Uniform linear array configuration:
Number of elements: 12
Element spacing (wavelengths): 1
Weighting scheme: kaiser
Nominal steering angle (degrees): -15
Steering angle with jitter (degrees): -13.496
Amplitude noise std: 0.05
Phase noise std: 0.05

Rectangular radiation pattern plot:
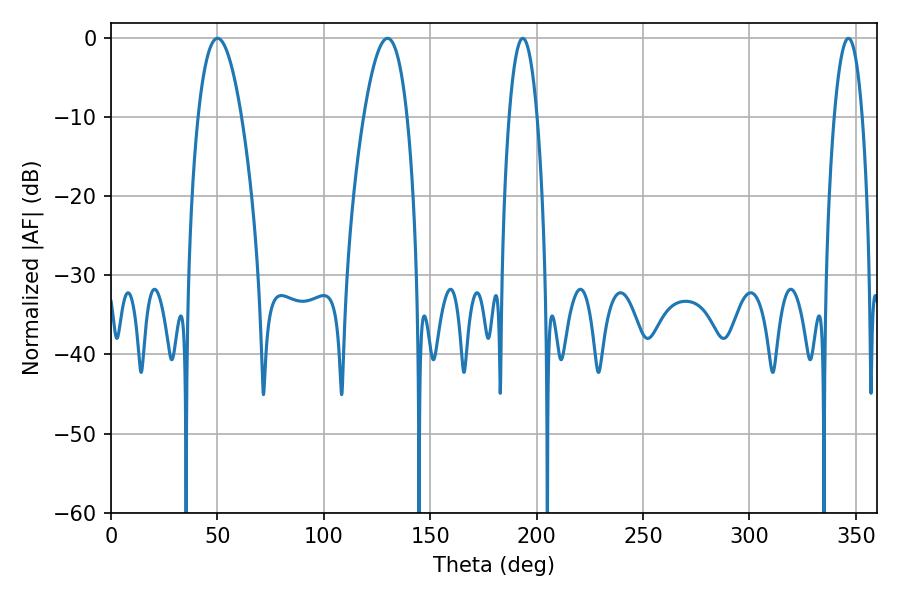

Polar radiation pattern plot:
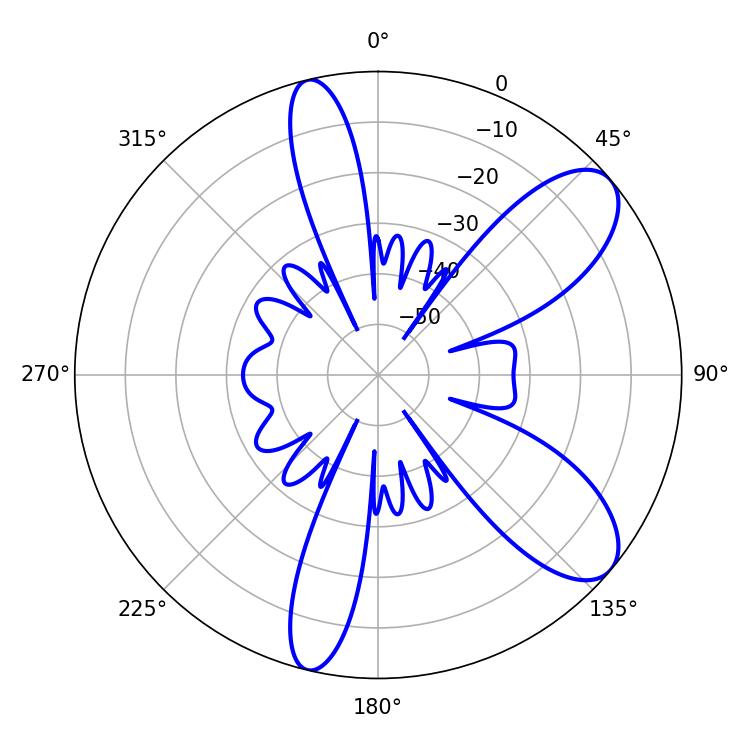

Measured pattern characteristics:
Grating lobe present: TRUE
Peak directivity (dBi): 8.86
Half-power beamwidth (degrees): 7.2
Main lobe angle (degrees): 193.5